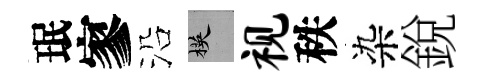
珉寥沿楧视秩染銳